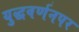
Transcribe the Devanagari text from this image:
युद्धवर्णनपर